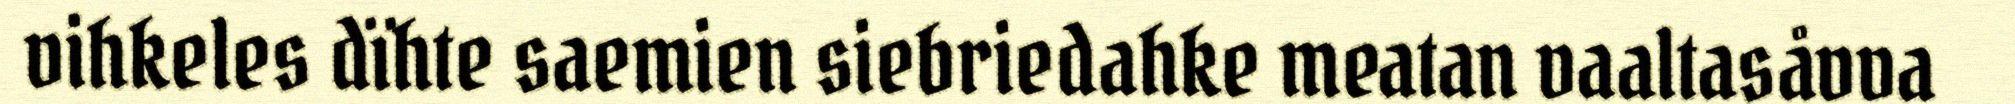
vihkeles dïhte saemien siebriedahke meatan vaaltasåvva